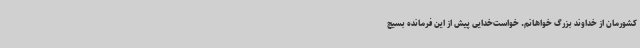
کشورمان از خداوند بزرگ خواهانم. خواست‌خدایی پیش از این فرمانده بسیج